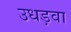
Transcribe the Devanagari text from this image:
उधड़वा